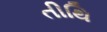
તીથિ